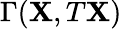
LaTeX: \Gamma(\mathbf{X},T\mathbf{X})